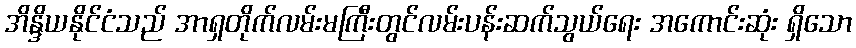
အိန္ဒိယနိုင်ငံသည် အာရှတိုက်လမ်းမကြီးတွင်လမ်းပန်းဆက်သွယ်ရေး အကောင်းဆုံး ရှိသော